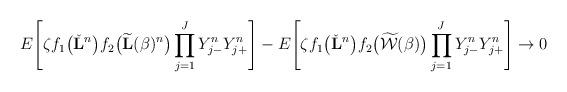
LaTeX: \begin{align*} E \Biggl[\zeta f_1\bigl(\check{\mathbf{L}}^n\bigr)f_2\bigl(\widetilde{\mathbf{L}}(\beta)^n\bigr)\prod_{j=1}^JY^n_{j-}Y^n_{j+}\Biggr] -E \Biggl[\zeta f_1\bigl(\check{\mathbf{L}}^n\bigr)f_2\bigl(\widetilde{\mathcal{W}}(\beta)\bigr)\prod_{j=1}^JY^n_{j-}Y^n_{j+}\Biggr] \to0\end{align*}